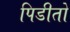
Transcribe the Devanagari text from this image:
पिडीतो